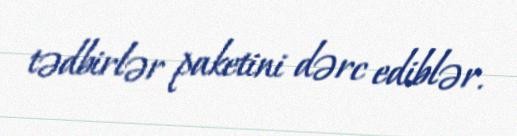
tədbirlər paketini dərc ediblər.